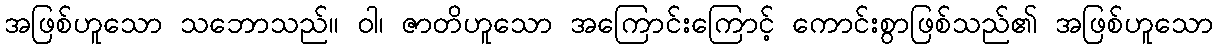
အဖြစ်ဟူသော သဘောသည်။ ဝါ၊ ဇာတိဟူသော အကြောင်းကြောင့် ကောင်းစွာဖြစ်သည်၏ အဖြစ်ဟူသော